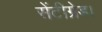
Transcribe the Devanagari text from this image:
सेंटीग्रेड।